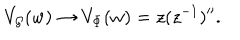
V _ { { \cal G } } ( w ) \rightarrow V _ { \Phi } ( w ) = z ( z ^ { - 1 } ) ^ { \prime \prime } .